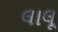
લાલૂ